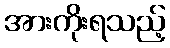
အားကိုးရသည့်